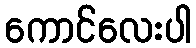
ကောင်လေးပါ